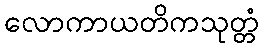
လောကာယတိကသုတ္တံ